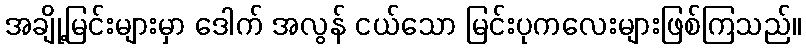
အချို့မြင်းများမှာ ဒေါက် အလွန် ငယ်သော မြင်းပုကလေးများဖြစ်ကြသည်။